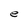
Character: e